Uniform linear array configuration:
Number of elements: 32
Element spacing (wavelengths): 0.75
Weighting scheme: exponential
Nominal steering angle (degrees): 0
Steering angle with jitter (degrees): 1.665
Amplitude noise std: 0.05
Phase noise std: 0.05

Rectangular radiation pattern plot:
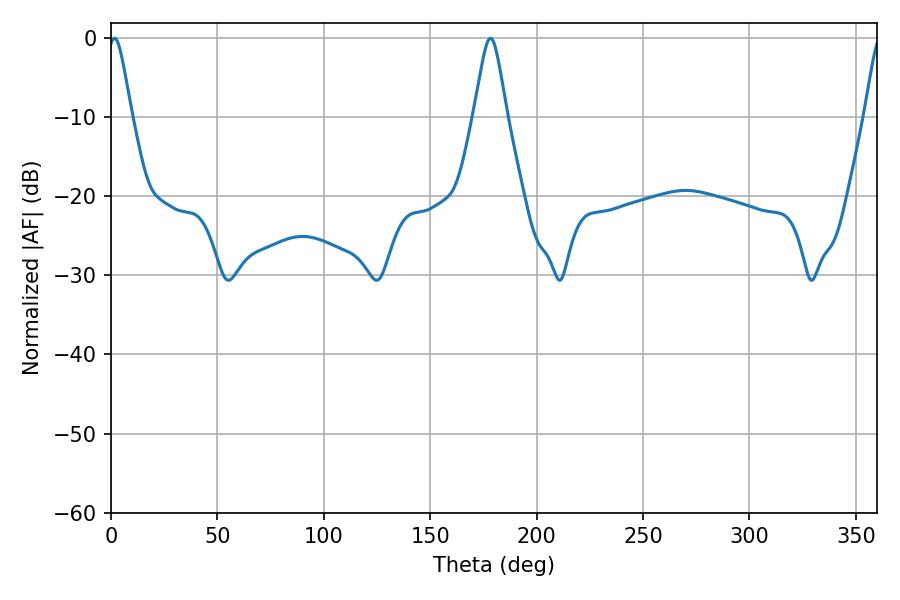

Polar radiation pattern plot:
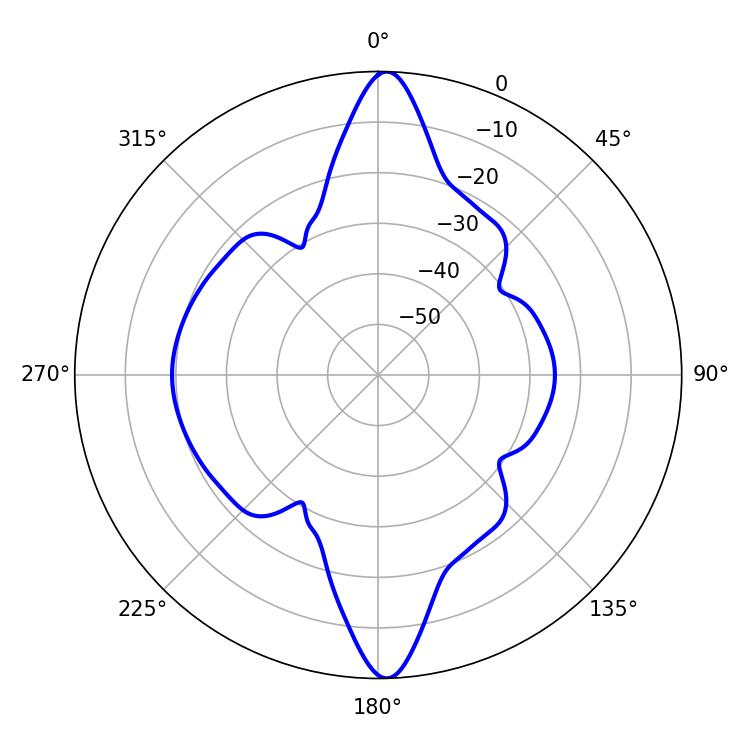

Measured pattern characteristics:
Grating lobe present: TRUE
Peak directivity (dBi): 30.368
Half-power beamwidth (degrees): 5.4
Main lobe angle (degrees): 1.62